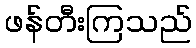
ဖန်တီးကြသည်